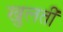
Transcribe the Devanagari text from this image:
खुलतीं